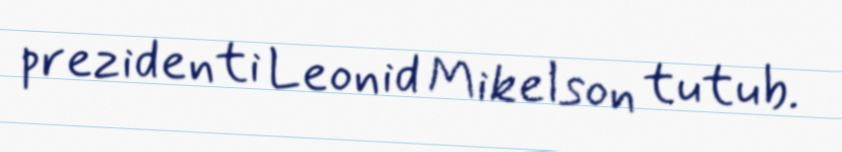
prezidenti Leonid Mikelson tutub.